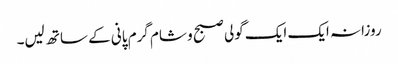
روزانہ ایک ایک گولی صبح و شام گرم پانی کے ساتھ لیں۔